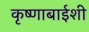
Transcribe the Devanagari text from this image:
कृष्णाबाईशी